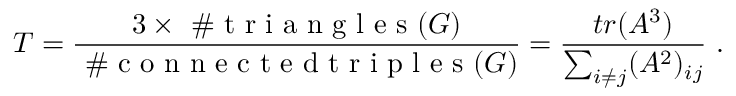
T = \frac { 3 \times \mathrm { ~ \# ~ t ~ r ~ i ~ a ~ n ~ g ~ l ~ e ~ s ~ } ( G ) } { \mathrm { ~ \# ~ c ~ o ~ n ~ n ~ e ~ c ~ t ~ e ~ d ~ t ~ r ~ i ~ p ~ l ~ e ~ s ~ } ( G ) } = \frac { t r ( A ^ { 3 } ) } { \sum _ { i \ne j } ( A ^ { 2 } ) _ { i j } } \ .